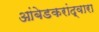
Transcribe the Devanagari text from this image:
आंबेडकरांद्वारा